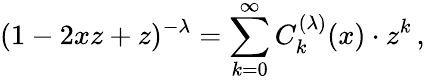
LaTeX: (1-2xz+z)^{-\lambda}=\sum_{k=0}^{\infty}C_{k}^{(\lambda)}(x)\cdot z^{k}\, ,